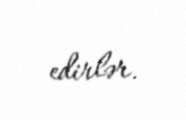
edirlər.